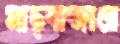
মাছবাজারে